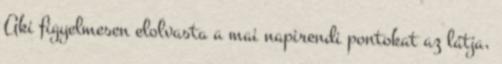
Aki figyelmesen elolvasta a mai napirendi pontokat az látja,